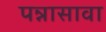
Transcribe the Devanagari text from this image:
पन्नासावा